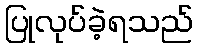
ပြုလုပ်ခဲ့ရသည်